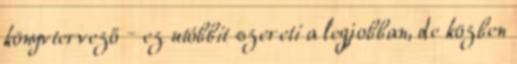
könyvtervező – ez utóbbit szereti a legjobban, de közben